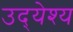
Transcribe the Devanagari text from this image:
उद्‍येश्य